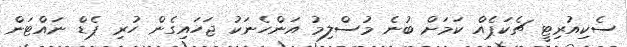
ސެކިއުރިޓީ ޗެކަޕެއް ކަމަށް ބުނެ މުސްލިމު އަންހެނަކު ޖަހައިގެން ހުރި ޕެޑް ނައްޓަން